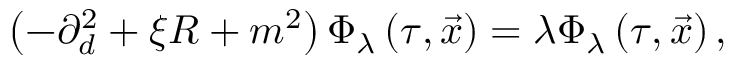
\left( - \partial _ { d } ^ { 2 } + \xi R + m ^ { 2 } \right) \Phi _ { \lambda } \left( \tau , \vec { x } \right) = \lambda \Phi _ { \lambda } \left( \tau , \vec { x } \right) ,